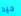
جيد